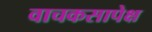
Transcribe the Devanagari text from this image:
वाचकसापेक्ष